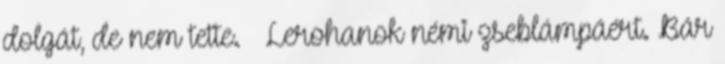
dolgát, de nem tette. – Lerohanok némi zseblámpáért. Bár